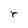
Character: r